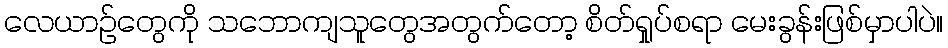
လေယာဉ်တွေကို သဘောကျသူတွေအတွက်တော့ စိတ်ရှုပ်စရာ မေးခွန်းဖြစ်မှာပါပဲ။